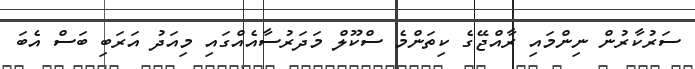
ސަރުކާރުން ނިންމައި ރާއްޖޭގެ ކިތަންމެ ސްކޫލް މަދަރުސާއެއްގައި މިއަދު އަރަބި ބަސް އެބަ